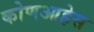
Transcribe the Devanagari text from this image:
कोणआहेस